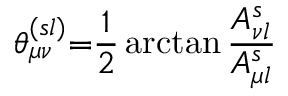
\theta _ { \mu \nu } ^ { ( s l ) } { = } \frac { 1 } { 2 } \arctan \frac { A _ { \nu l } ^ { s } } { A _ { \mu l } ^ { s } }